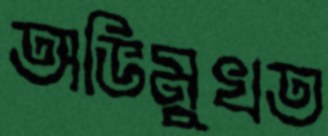
অভিমুখত